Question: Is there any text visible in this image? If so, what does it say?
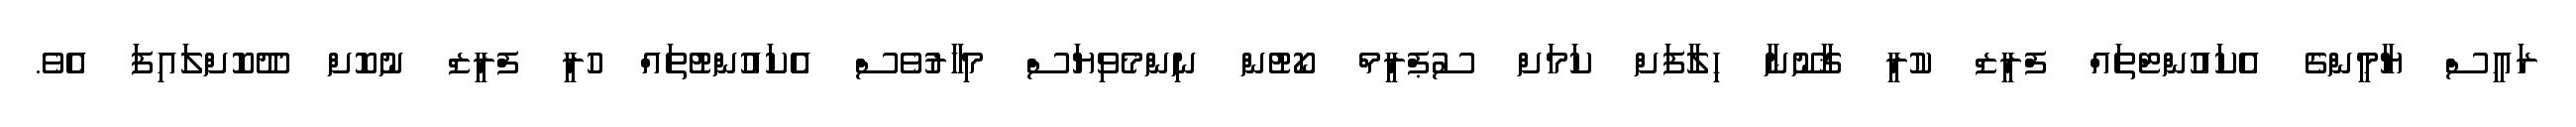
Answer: ރައީސް ޔާމީންގެ އެކައުންޓްތައް ފްރީޒް ކުރީ ޤާނޫނާ ޙިލާފަށް ކަމަށް ސުޕްރީމް ކޯޓުން ނިންމެވިޔަސް މިހާރުވެސް އެކައުންޓުތައް ހުރީ ފްރީޒް ނުކޮށް ދޫކޮށްލައިފަ އެވެ.